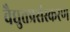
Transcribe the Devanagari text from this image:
वैद्युतप्रसंस्करण